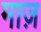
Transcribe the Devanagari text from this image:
माज़